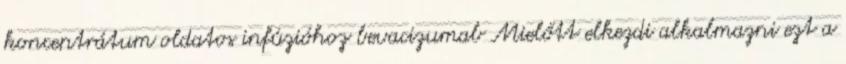
koncentrátum oldatos infúzióhoz bevacizumab Mielőtt elkezdi alkalmazni ezt a